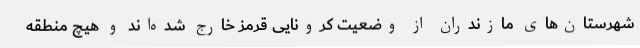
شهرستان‌های مازندران از وضعیت کرونایی قرمز خارج شده‌اند و هیچ منطقه